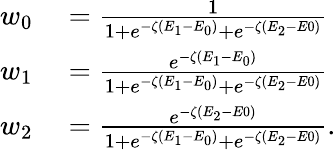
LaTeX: \begin{array}{rl}{w_{0}}&{{}=\frac{1}{1+e^{-\zeta(E_{1}-E_{0})}+e^{-\zeta(E_{2}-E0)}}}\\ {w_{1}}&{{}=\frac{e^{-\zeta(E_{1}-E_{0})}}{1+e^{-\zeta(E_{1}-E_{0})}+e^{-\zeta(E_{2}-E0)}}}\\ {w_{2}}&{{}=\frac{e^{-\zeta(E_{2}-E0)}}{1+e^{-\zeta(E_{1}-E_{0})}+e^{-\zeta(E_{2}-E0)}}.}\end{array}